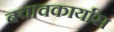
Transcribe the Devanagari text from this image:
बचावकार्यास